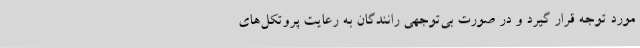
مورد توجه قرار گیرد و در صورت بی‌توجهی رانندگان به رعایت پروتکل‌های